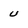
Character: u